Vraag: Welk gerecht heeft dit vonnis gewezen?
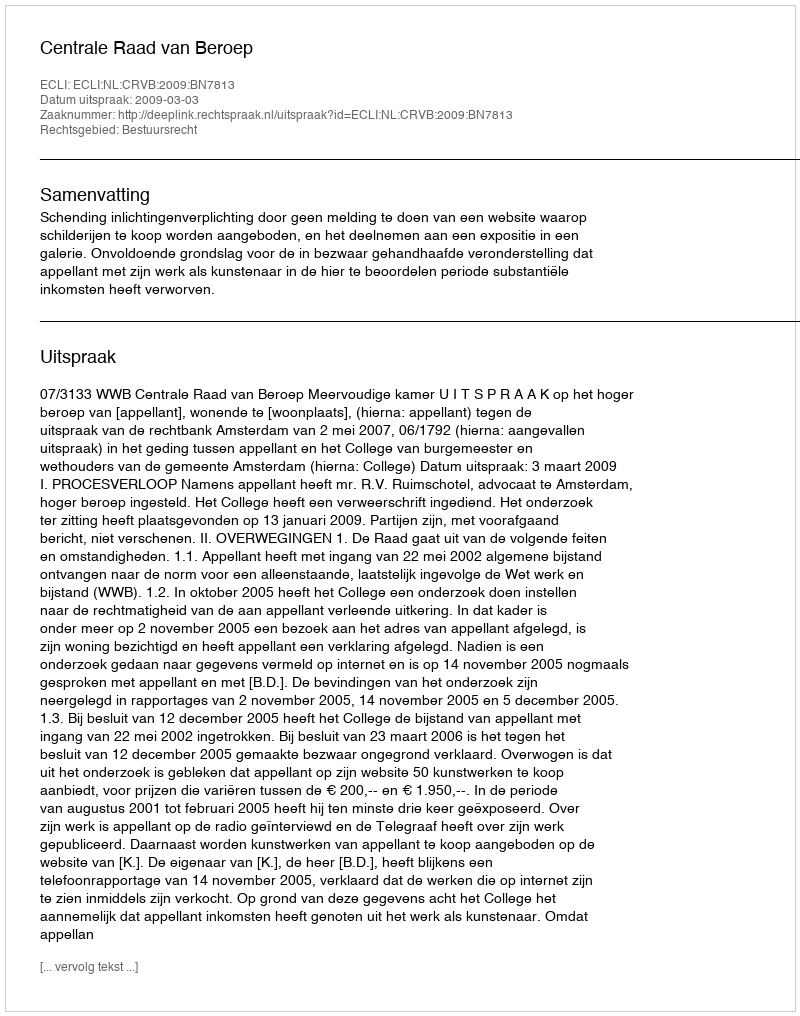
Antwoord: Centrale Raad van Beroep